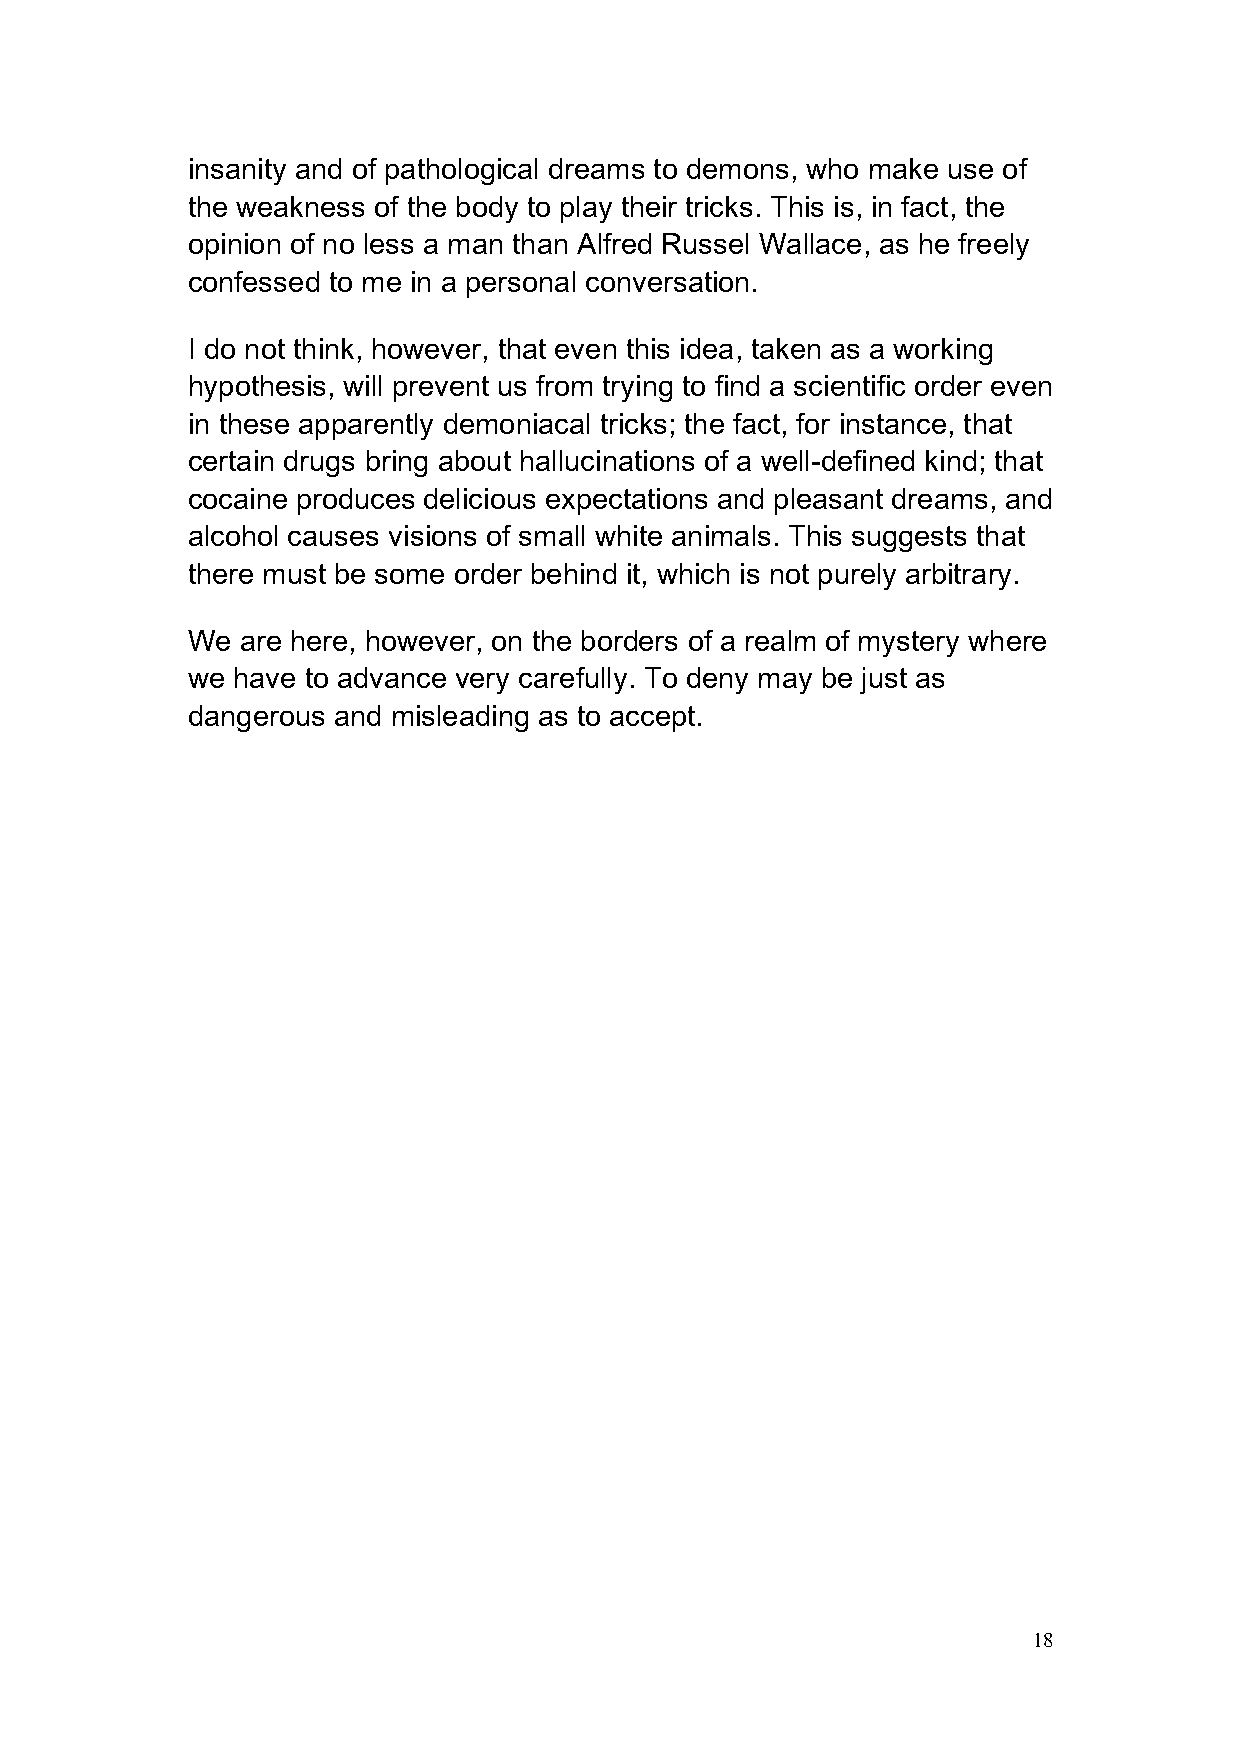
insanity and of pathological dreams to demons, who make use of
 the weakness of the body to play their tricks. This is, in fact, the
 opinion of no less a man than Alfred Russel Wallace, as he freely
 confessed to me in a personal conversation.
 I do not think, however, that even this idea, taken as a working
 hypothesis, will prevent us from trying to find a scientific order even
 in these apparently demoniacal tricks; the fact, for instance, that
 certain drugs bring about hallucinations of a well-defined kind; that
 cocaine produces delicious expectations and pleasant dreams, and
 alcohol causes visions of small white animals. This suggests that
 there must be some order behind it, which is not purely arbitrary.
 We  are here, however, on the borders of a realm of mystery where
 we have to advance very carefully. To deny may be just as
 dangerous and misleading as to accept.
 18